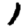
Digit: 1